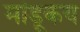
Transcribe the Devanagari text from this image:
मांडूकेय